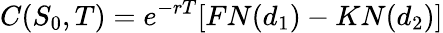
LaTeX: C(S_{0},T)=e^{-rT}[FN(d_{1})-KN(d_{2})]